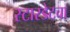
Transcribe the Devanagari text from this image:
स्टारडेटचा